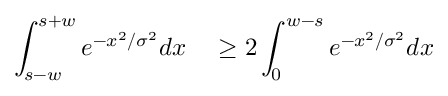
\begin{array} { r l } { \displaystyle \int _ { s - w } ^ { s + w } e ^ { - x ^ { 2 } / \sigma ^ { 2 } } d x } & { { } \ge 2 \displaystyle \int _ { 0 } ^ { w - s } e ^ { - x ^ { 2 } / \sigma ^ { 2 } } d x } \end{array}